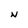
Character: N